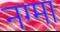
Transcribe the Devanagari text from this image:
नग्मा